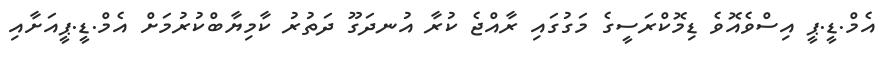
އެމް.ޑީ.ޕީ އިސްވެއޮވެ ޑިމޮކްރަސީގެ މަގުގައި ރާއްޖެ ކުރާ އުނދަގޫ ދަތުރު ކާމިޔާބްކުރުމަށް އެމް.ޑީ.ޕީއަށާއި